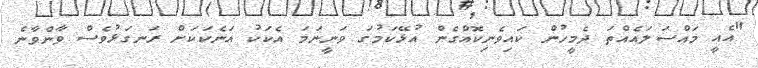
"އެއީ މައްސަލައެއްތަ ދެމީހުން ކައިވެނިކޮއްގެން އުޅޭކަމުގަ ވަނީނަމަ އެކަކު އަނެކަކަށް ރަނގަޅުވެސް ވާންވާނެ